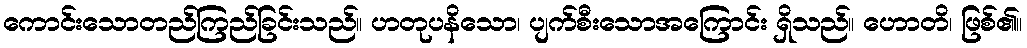
ကောင်းသောတည်ကြည်ခြင်းသည်။ ဟတုပနိသော၊ ပျက်စီးသောအကြောင်း ရှိသည်။ ဟောတိ၊ ဖြစ်၏။